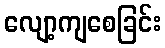
လျော့ကျစေခြင်း